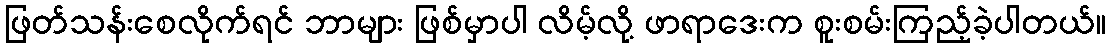
ဖြတ်သန်းစေလိုက်ရင် ဘာများ ဖြစ်မှာပါ လိမ့်လို့ ဖာရာဒေးက စူးစမ်းကြည့်ခဲ့ပါတယ်။